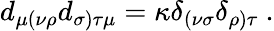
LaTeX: d_{\mu(\nu\rho}d_{\sigma)\tau\mu}=\kappa\delta_{(\nu\sigma}\delta_{\rho)\tau}\ .